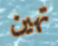
تهين